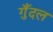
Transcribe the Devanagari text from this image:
गुँदल